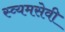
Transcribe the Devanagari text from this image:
स्व्यमसेवी